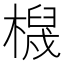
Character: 𱤖